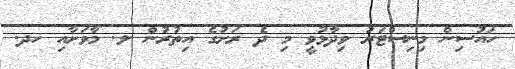
ހައުސިން މިނިސްޓަރު ވިދާޅުވީ މި ދެ ރަށުގެ އިތުރުން ލ. މާވަށާއި ހދ.